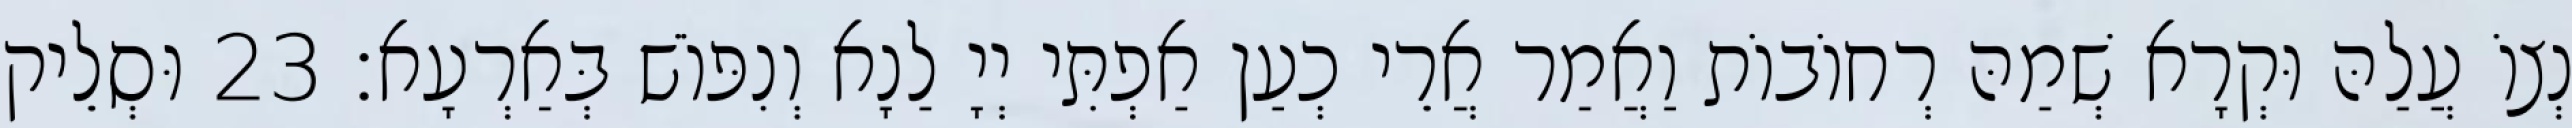
נְצוֹ עֲלַהּ וּקְרָא שְׁמַהּ רְחוֹבוֹת וַאֲמַר אֲרֵי כְעַן אַפְתִּי יְיָ לַנָא וְנִפּוֹשׁ בְּאַרְעָא׃ 23 וּסְלֵיק